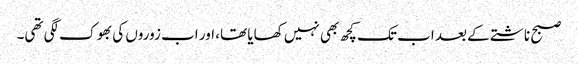
صبح ناشتے کے بعد اب تک کچھ بھی نہیں کھایا تھا، اور اب زوروں کی بھوک لگی تھی۔